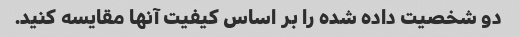
دو شخصیت داده شده را بر اساس کیفیت آنها مقایسه کنید.